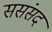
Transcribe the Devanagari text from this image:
ससंसद